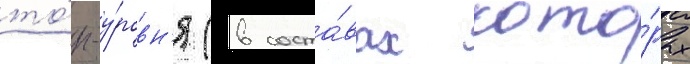
то́п-у́ровн'я (в соста́вах кото́рых